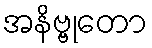
အနိဗ္ဗုတော